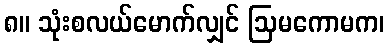
၈။ သုံးစလယ်မောက်လျှင် ဩမကောမက၊